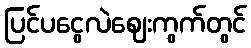
ပြင်ပငွေလဲဈေးကွက်တွင်